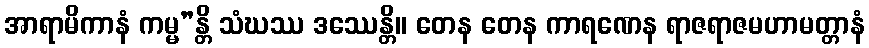
အာရာမိကာနံ ကမ္မ”န္တိ သံဃဿ ဒဿေန္တိ။ တေန တေန ကာရဏေန ရာဇရာဇမဟာမတ္တာနံ